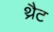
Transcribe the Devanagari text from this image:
थ्रैट